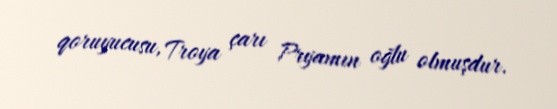
qoruyucusu, Troya çarı Pryamın oğlu olmuşdur.